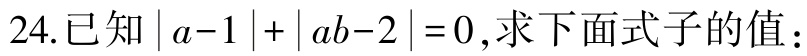
$24.已知\vert a - 1\vert+\vert ab - 2\vert = 0,求下面式子的值:$